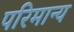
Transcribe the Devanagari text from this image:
परिमान्य